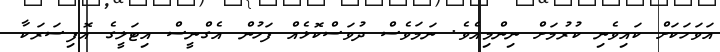
އަވަހަކަށް ކައިވެނި ކުރުމަށް ނިންމިއެވެ. ނަމަވެސް ދުވަސްކޮޅެއް ފަހުން އެގްނީސް އިޓަލީގެ އޮފިސަރަކާ